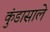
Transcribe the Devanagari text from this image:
कुंडासाले